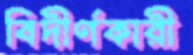
বিদীর্ণকারী